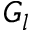
G _ { l }